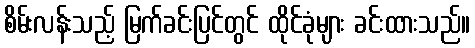
စိမ်းလန်းသည့် မြက်ခင်းပြင်တွင် ထိုင်ခုံများ ခင်းထားသည်။